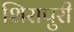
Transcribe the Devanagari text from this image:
शिरापुरी